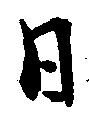
日